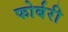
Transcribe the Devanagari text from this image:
फोर्बरी